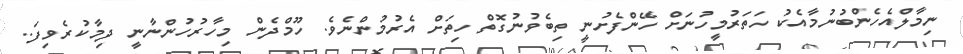
ނިމާލްއެހެންބުނުމާއެކު ހަތަރުމީހުނަށް ހޭންފެށުނީ ތިބެވުނުގޮތް ހިތަށް އެރުމުންނެވެ. ހޫމްދެން މިހާރުހުންނާނީ ދިމާކުރެވިފަ..